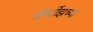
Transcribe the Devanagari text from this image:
प्रॉपर्टीझच्या